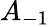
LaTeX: A_{-1}